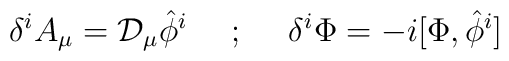
\delta^iA_\mu = {\cal D}_\mu\hat{\phi}^i\ \ \ \ ;\ \ \ \ \delta^i\Phi = -i[\Phi , \hat{\phi}^i]